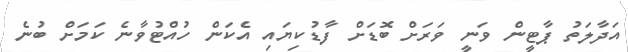
އަދާލަތު ޕާޓީން ވަނީ ވަރަށް ބޮޑަށް ފާޑުކިޔައި އެކަން ހުއްޓުވާނެ ކަމަށް ބުނެ